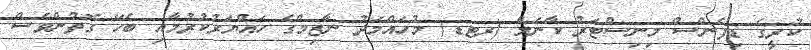
ކުރީގެ ޑިފެންސް މިނިސްޓަރު ކާނަލް (ރޓޑ) މުހައްމަދު ނާޒިމްގެ ހައްޔަރުކުރުމާއި ބެހޭ ގޮތުންވެސް